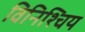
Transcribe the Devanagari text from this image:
विनिश्चिय